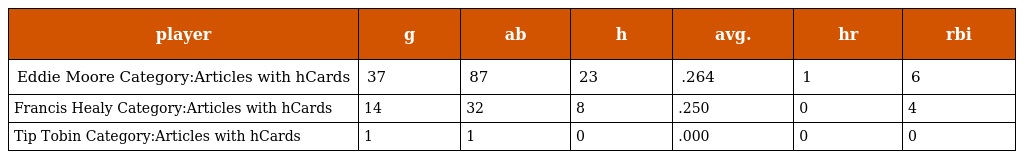
| player | g | ab | h | avg. | hr | rbi |
 | --- | --- | --- | --- | --- | --- | --- |
 | Eddie Moore Category:Articles with hCards | 37 | 87 | 23 | .264 | 1 | 6 |
 | Francis Healy Category:Articles with hCards | 14 | 32 | 8 | .250 | 0 | 4 |
 | Tip Tobin Category:Articles with hCards | 1 | 1 | 0 | .000 | 0 | 0 |